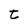
Character: t